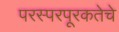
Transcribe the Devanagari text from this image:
परस्परपूरकतेचे